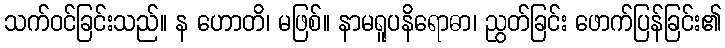
သက်ဝင်ခြင်းသည်။ န ဟောတိ၊ မဖြစ်။ နာမရူပနိရောဓာ၊ ညွတ်ခြင်း ဖောက်ပြန်ခြင်း၏